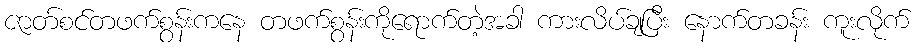
ဇာတ်စင်တဖက်စွန်းကနေ တဖက်စွန်းကိုရောက်တဲ့အခါ ကားလိပ်ချပြီး နောက်တခန်း ကူးလိုက်